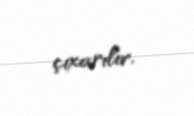
çıxarılır.